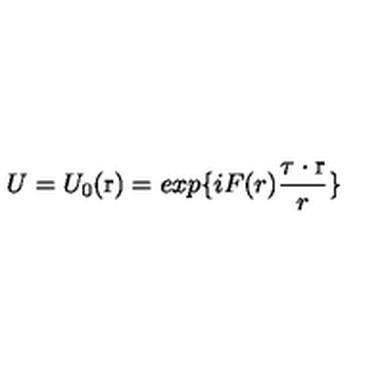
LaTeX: U = U _ { 0 } ( \mathrm { \boldmath r } ) = e x p \{ { i F ( r ) \frac { \mathrm { \boldmath \tau } \cdot \mathrm { \boldmath r } } { r } } \}